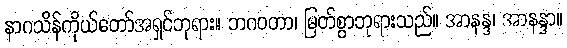
နာဂသိန်ကိုယ်တော်အရှင်ဘုရား။ ဘဂဝတာ၊ မြတ်စွာဘုရားသည်။ အာနန္ဒ၊ အာနန္ဒာ။